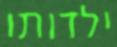
ילדותו